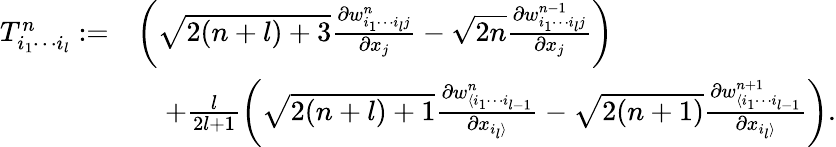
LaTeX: \begin{array}{rl}{T_{i_{1}\cdots i_{l}}^{n}:=}&{\left(\sqrt{2(n+l)+3}\frac{\partial w_{i_{1}\cdots i_{l}j}^{n}}{\partial x_{j}}-\sqrt{2n}\frac{\partial w_{i_{1}\cdots i_{l}j}^{n-1}}{\partial x_{j}}\right)}\\ &{\quad+\frac{l}{2l+1}\left(\sqrt{2(n+l)+1}\frac{\partial w_{\langle i_{1}\cdots i_{l-1}}^{n}}{\partial x_{i_{l}\rangle}}-\sqrt{2(n+1)}\frac{\partial w_{\langle i_{1}\cdots i_{l-1}}^{n+1}}{\partial x_{i_{l}\rangle}}\right).}\end{array}